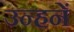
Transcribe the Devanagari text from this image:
उन्हनें